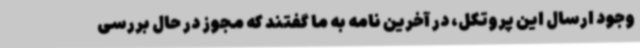
وجود ارسال این پروتکل، در آخرین نامه به ما گفتند که مجوز در حال بررسی